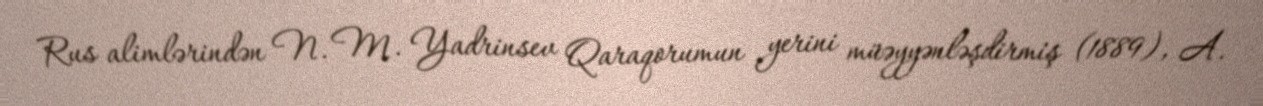
Rus alimlərindən N. M. Yadrinsev Qaraqorumun yerini müəyyənləşdirmiş (1889), A.